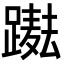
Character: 𨅫